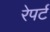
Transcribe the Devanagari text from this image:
रेपर्ट